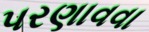
પરણાવવા